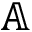
\mathbb { A }